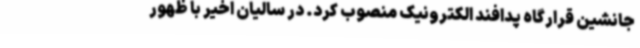
جانشین قرارگاه پدافند الکترونیک منصوب کرد. در سالیان اخیر با ظهور